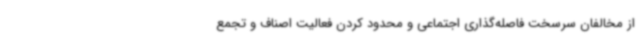
از مخالفان سرسخت فاصله‌گذاری اجتماعی و محدود کردن فعالیت اصناف و تجمع